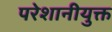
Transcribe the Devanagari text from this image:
परेशानीयुक्त